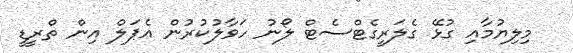
މިލިޔުމާއި ގުޅޭ ގެލަރީގެޓްސެޓް ލޯނު ހަވާލުކުރުން އެޕަލް އިން ތްރީޑީ